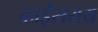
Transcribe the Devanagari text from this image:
व्हाईसराय